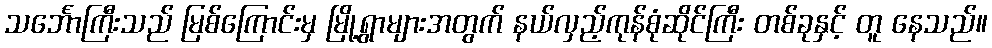
သင်္ဘောကြီးသည် မြစ်ကြောင်းမှ မြို့ရွာများအတွက် နယ်လှည့်ကုန်စုံဆိုင်ကြီး တစ်ခုနှင့် တူ နေသည်။